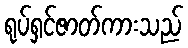
ရုပ်ရှင်ဇာတ်ကားသည်